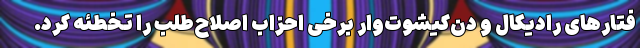
فتارهای رادیکال و دن‌کیشوت‌وار برخی احزاب اصلاح‌طلب را تخطئه کرد.